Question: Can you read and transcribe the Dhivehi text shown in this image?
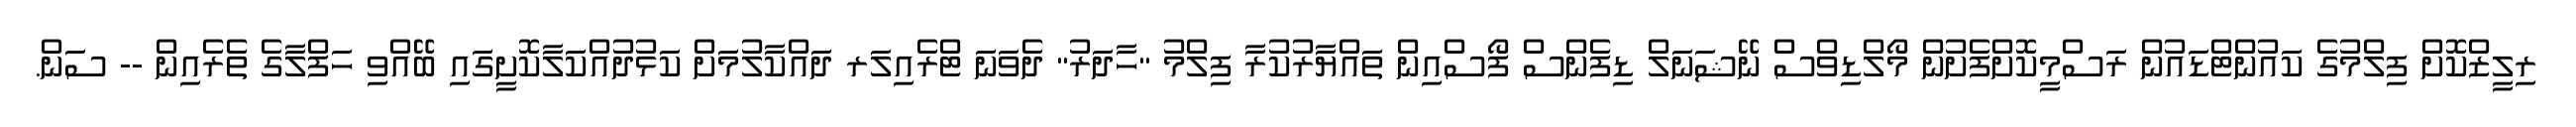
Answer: ރިލީޒްކޮށް ފިލްމުގެ ކައުންޓްޑައުން ރަސްމީކޮށްފެށުން މޯލްޑިވްސް ނޭޝަނަލް ޑިފެންސް ފޯސްއިން ތައްޔާރުކުރާ ފިލްމު "ހާދަރު" ދެވަނަ ޓްރެއިލަރ ދައްކާލުމަށް ކަޅުދުއްކަލާކޮށީގައި ބޭއްވި ހަފްލާގެ ތެރެއިން -- ސަން.